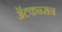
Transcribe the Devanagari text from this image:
ॲटकन्सन